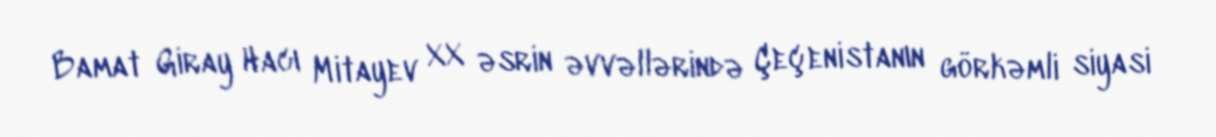
Bamat Giray Hacı Mitayev XX əsrin əvvəllərində Çeçenistanın görkəmli siyasi